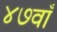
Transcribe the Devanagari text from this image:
४७वाँ